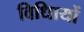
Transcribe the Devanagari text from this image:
विधिायों